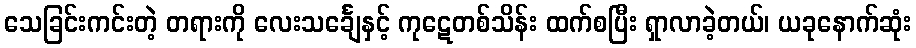
သေခြင်းကင်းတဲ့ တရားကို လေးသင်္ချေနှင့် ကုဋေတစ်သိန်း ထက်စပြီး ရှာလာခဲ့တယ်၊ ယခုနောက်ဆုံး